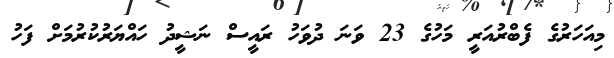
މިއަހަރުގެ ފެބްރުއަރީ މަހުގެ 23 ވަނަ ދުވަހު ރައީސް ނަޝީދު ހައްޔަރުކުރުމަށް ފަހު